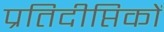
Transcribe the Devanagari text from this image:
प्रतिदीप्तिकों